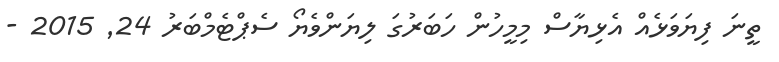
ތީނަ ފިޔަވަޅެއް އެޅިޔާސް މިމީހުން ހަބަރުގަ ލިޔަންވެޔޯ ސެޕްޓެމްބަރު 24